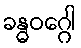
ခန္ဓဝဂ္ဂေါ